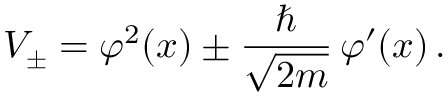
V _ { \pm } = \varphi ^ { 2 } ( x ) \pm \frac { \hbar } { \sqrt { 2 m } } \, \varphi ^ { \prime } ( x ) \, .